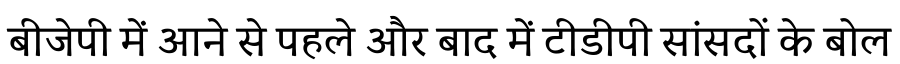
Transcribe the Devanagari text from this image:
बीजेपी में आने से पहले और बाद में टीडीपी सांसदों के बोल